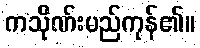
ကသိုဏ်းမည်ကုန်၏။